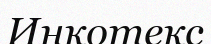
Инкотекс